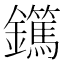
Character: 𨯹